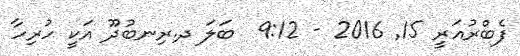
ފެބްރުއަރީ 15